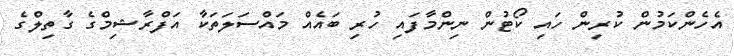
އެހެންކަމުން ކުރިން ހައި ކޯޓުން ނިންމާފައި ހުރި ބައެއް މައްސަލަތަކާ އަފްރާޝިމްގެ ގާތިލްގެ